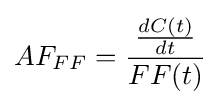
AF_{FF}={\frac {\frac {dC(t)}{dt}}{FF(t)}}